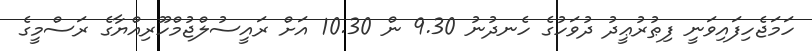
ހަމަޖެހިފައިވަނީ ފިޠުރުޢީދު ދުވަހުގެ ހެނދުނު 9.30 ން 10.30 އަށް ރައީސުލްޖުމްހޫރިއްޔާގެ ރަސްމީގެ